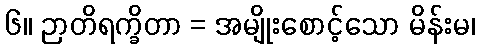
၆။ ဉာတိရက္ခိတာ = အမျိုးစောင့်သော မိန်းမ၊